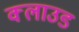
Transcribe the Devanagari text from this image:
क्‍लाउड